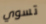
تسوي